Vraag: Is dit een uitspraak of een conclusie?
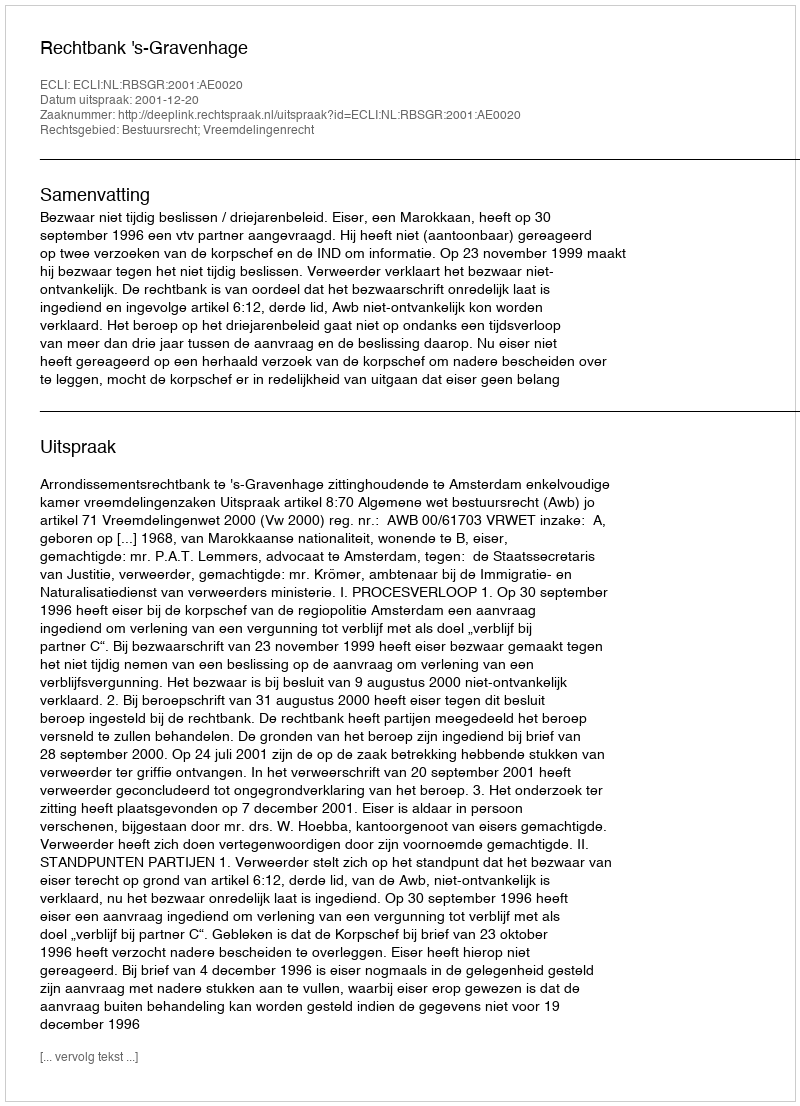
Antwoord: Uitspraak